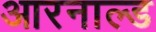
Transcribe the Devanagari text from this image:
आरनाल्ड